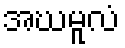
အဃမူလံ